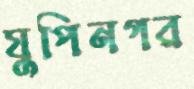
যুপিনগর